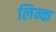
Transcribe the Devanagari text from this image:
लिन्क